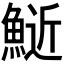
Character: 𫙧